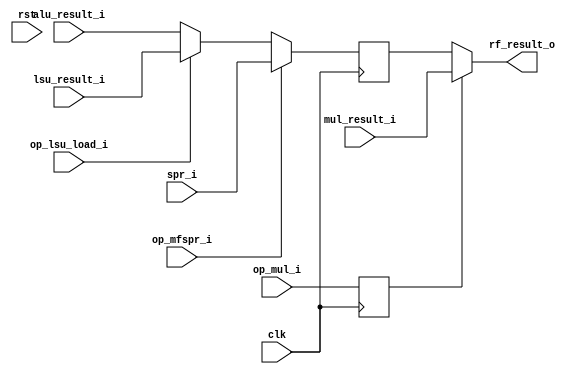
module mor1kx_wb_mux_cappuccino
  #(
    parameter OPTION_OPERAND_WIDTH = 32
    )
   (
    input 			      clk,
    input 			      rst,

    input [OPTION_OPERAND_WIDTH-1:0]  alu_result_i,
    input [OPTION_OPERAND_WIDTH-1:0]  lsu_result_i,
    input [OPTION_OPERAND_WIDTH-1:0]  mul_result_i,
    input [OPTION_OPERAND_WIDTH-1:0]  spr_i,

    output [OPTION_OPERAND_WIDTH-1:0] rf_result_o,

    input 			      op_mul_i,
    input 			      op_lsu_load_i,
    input 			      op_mfspr_i
    );

   reg [OPTION_OPERAND_WIDTH-1:0]     rf_result;
   reg 				      wb_op_mul;

   assign rf_result_o = wb_op_mul ? mul_result_i : rf_result;

   always @(posedge clk)
     if (op_mfspr_i)
       rf_result <= spr_i;
     else if (op_lsu_load_i)
       rf_result <= lsu_result_i;
     else
       rf_result <= alu_result_i;

   always @(posedge clk)
     wb_op_mul <= op_mul_i;

endmodule